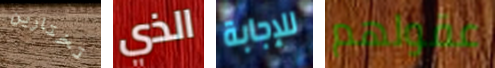
تختارين الذي للإجابة عقولهم